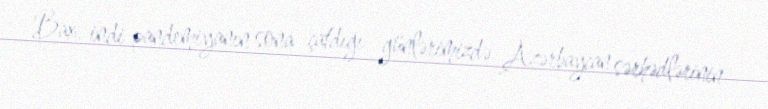
Bax, indi pandemiyanın sona çatdığı günlərimizdə Azərbaycan sərhədlərinin